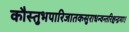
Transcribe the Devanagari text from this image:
कौस्तुभपारिजातकसुराधन्वन्तरिश्चन्द्रमाः।